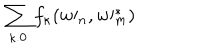
\sum _ { \kappa . 0 } f _ { \kappa } ( w \prime _ { n } , w \prime _ { m } ^ { \ast } )